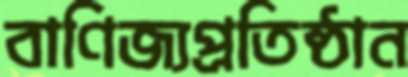
বাণিজ্যপ্রতিষ্ঠান